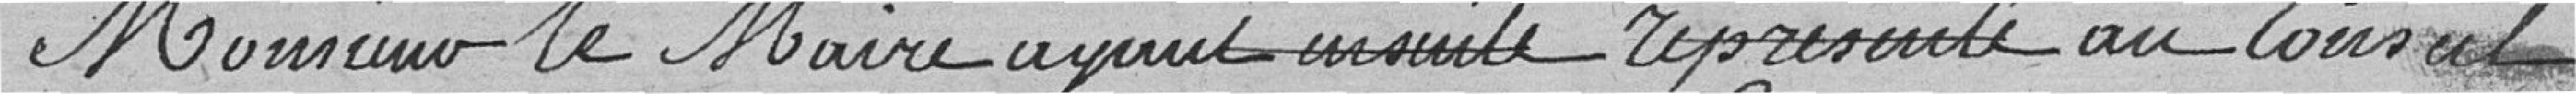
Monsieur le Maire ayant ensuite représenté au Conseil